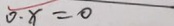
0 \cdot x = 0